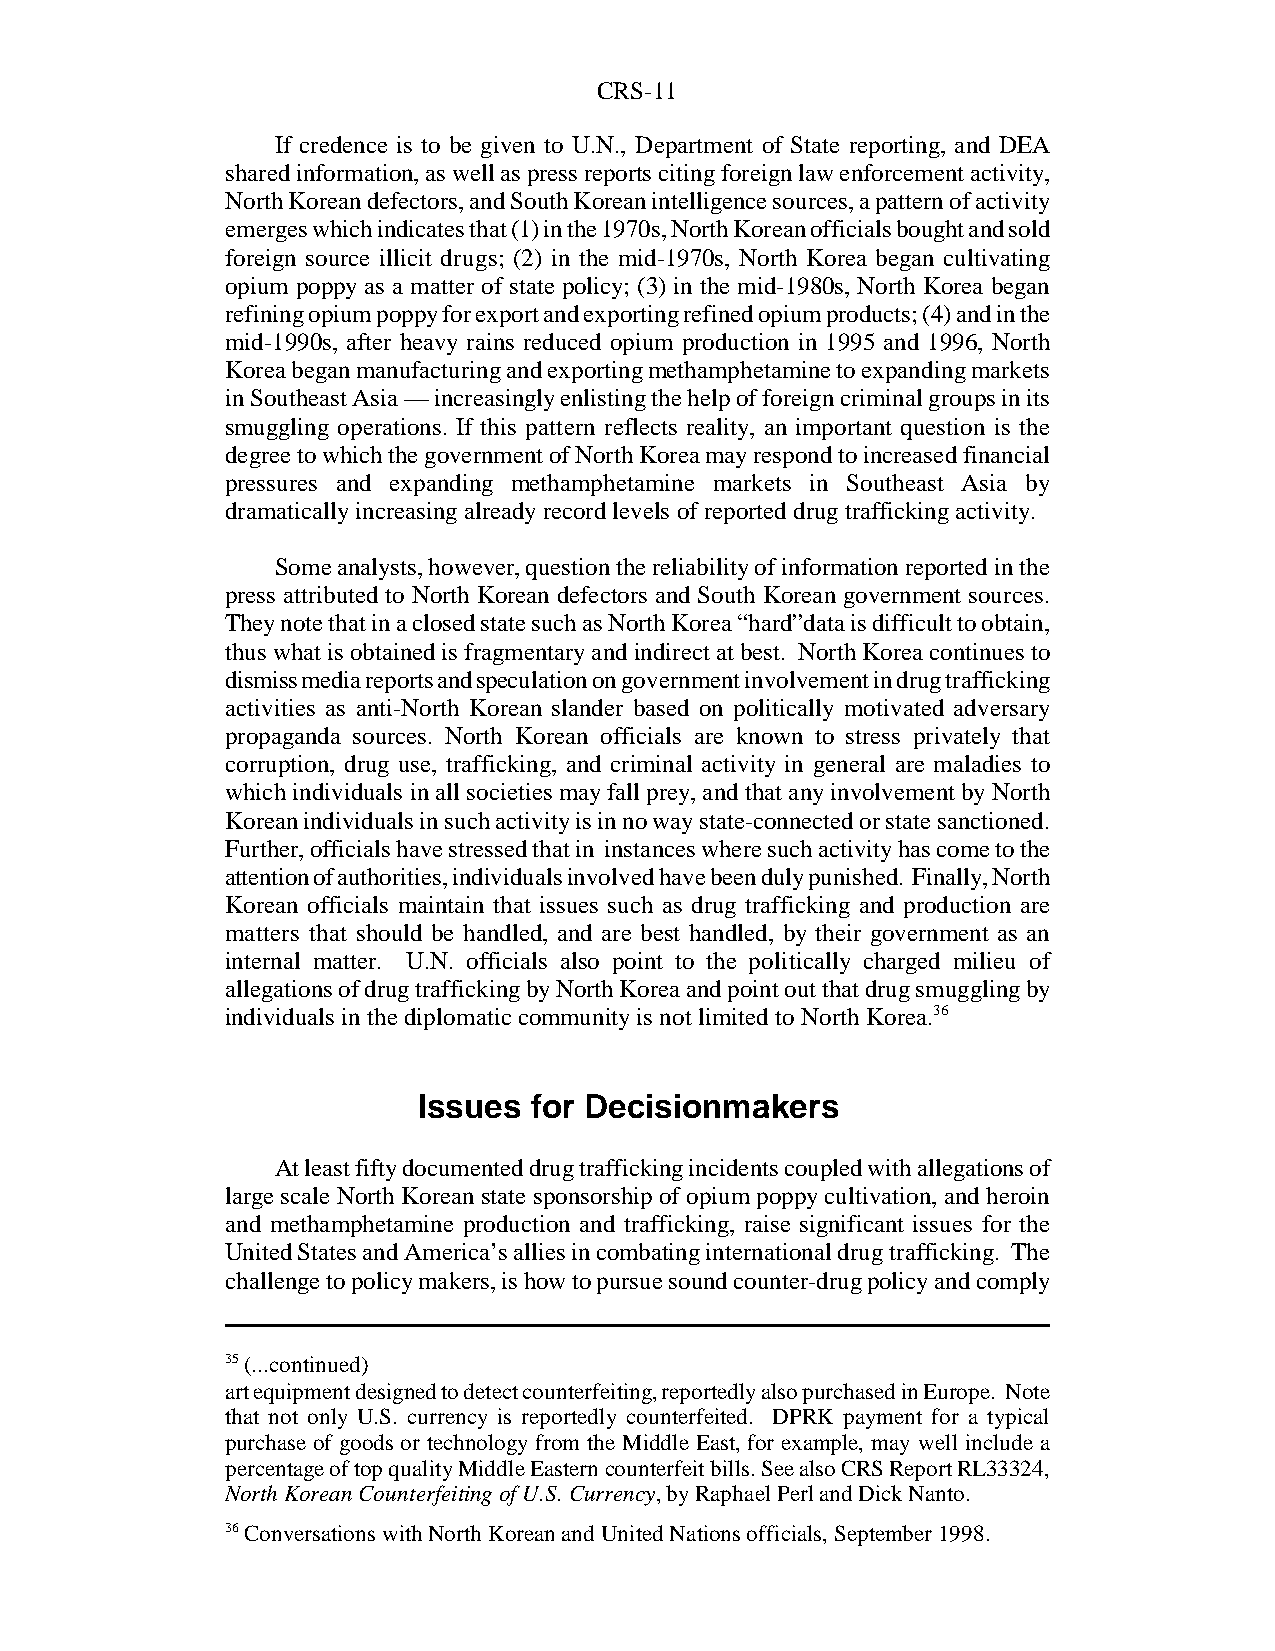
CRS-11
 If credence is to be given to U.N., Department of State reporting, and DEA
 shared information, as well as press reports citing foreign law enforcement activity,
 North Korean defectors, and South Korean intelligence sources, a pattern of activity
 emerges which indicates that (1) in the 1970s, North Korean officials bought and sold
 foreign source illicit drugs; (2) in the mid-1970s, North Korea began cultivating
 opium poppy as a matter of state policy; (3) in the mid-1980s, North Korea began
 refining opium poppy for export and exporting refined opium products; (4) and in the
 mid-1990s, after heavy rains reduced opium production in 1995 and 1996, North
 Korea began manufacturing and exporting methamphetamine to expanding markets
 in Southeast Asia — increasingly enlisting the help of foreign criminal groups in its
 smuggling operations. If this pattern reflects reality, an important question is the
 degree to which the government of North Korea may respond to increased financial
 pressures and expanding methamphetamine markets in Southeast Asia by
 dramatically increasing already record levels of reported drug trafficking activity.
 Some analysts, however, question the reliability of information reported in the
 press attributed to North Korean defectors and South Korean government sources.
 They note that in a closed state such as North Korea “hard”data is difficult to obtain,
 thus what is obtained is fragmentary and indirect at best. North Korea continues to
 dismiss media reports and speculation on government involvement in drug trafficking
 activities as anti-North Korean slander based on politically motivated adversary
 propaganda sources. North Korean officials are known to stress privately that
 corruption, drug use, trafficking, and criminal activity in general are maladies to
 which individuals in all societies may fall prey, and that any involvement by North
 Korean individuals in such activity is in no way state-connected or state sanctioned.
 Further, officials have stressed that in instances where such activity has come to the
 attention of authorities, individuals involved have been duly punished. Finally, North
 Korean officials maintain that issues such as drug trafficking and production are
 matters that should be handled, and are best handled, by their government as an
 internal matter. U.N. officials also point to the politically charged milieu of
 allegations of drug trafficking by North Korea and point out that drug smuggling by
 individuals in the diplomatic community is not limited to North Korea.36
 Issues for Decisionmakers
 At least fifty documented drug trafficking incidents coupled with allegations of
 large scale North Korean state sponsorship of opium poppy cultivation, and heroin
 and methamphetamine production and trafficking, raise significant issues for the
 United States and America’s allies in combating international drug trafficking. The
 challenge to policy makers, is how to pursue sound counter-drug policy and comply
 35 (...continued)
 art equipment designed to detect counterfeiting, reportedly also purchased in Europe. Note
 that not only U.S. currency is reportedly counterfeited. DPRK payment for a typical
 purchase of goods or technology from the Middle East, for example, may well include a
 percentage of top quality Middle Eastern counterfeit bills. See also CRS Report RL33324,
 North Korean Counterfeiting of U.S. Currency, by Raphael Perl and Dick Nanto.
 36 Conversations with North Korean and United Nations officials, September 1998.